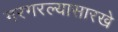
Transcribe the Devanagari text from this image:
गरगरल्यासारखे